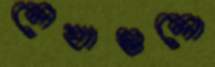
লেখাগুলো